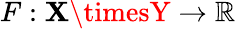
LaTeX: F:\mathbf{X}\timesY\rightarrow\mathbb{{R}}